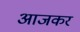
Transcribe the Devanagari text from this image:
आजकर